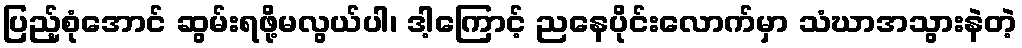
ပြည့်စုံအောင် ဆွမ်းရဖို့မလွယ်ပါ၊ ဒါ့ကြောင့် ညနေပိုင်းလောက်မှာ သံဃာအသွားနဲတဲ့